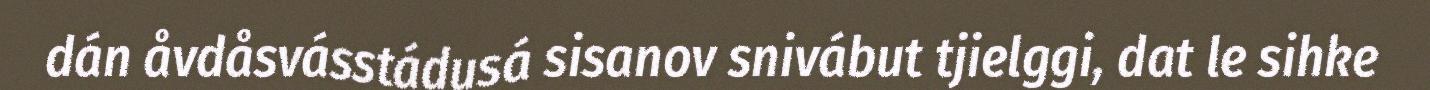
dán åvdåsvásstádusá sisanov snivábut tjielggi, dat le sihke